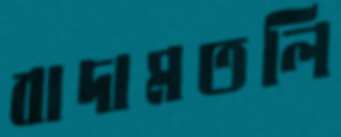
বাদামতলি